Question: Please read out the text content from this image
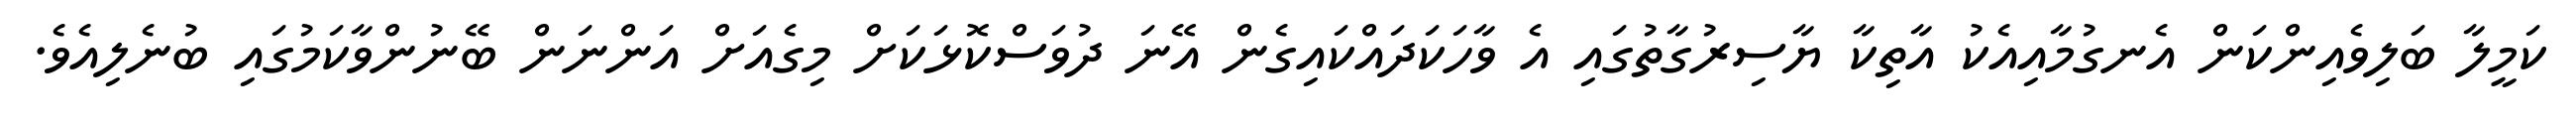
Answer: ކަމީލާ ބަލިވެއިންކަން އެނގުމާއިއެކު އާތިކާ ޔާސިރުގާތުގައި އެ ވާހަކަދައްކައިގެން އޭނަ ދުވަސްކޮޅަކަށް މިގެއަށް އަންނަން ބޭނުންވާކަމުގައި ބުނެލިއެވެ.